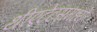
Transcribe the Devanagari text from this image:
थीएटेटसमध्ये